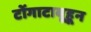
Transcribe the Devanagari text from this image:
टोंगाटाबूहून